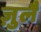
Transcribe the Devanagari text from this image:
ज़ुलै